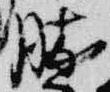
勝